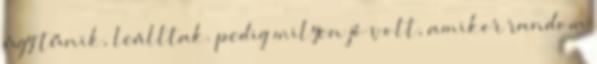
úgy tűnik, leálltak. pedig milyen jó volt, amikor random